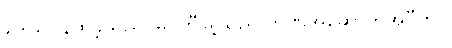
ဒေါသူပုန်ထခဲ့သည် မြဝတီမြို့သည် ဘဏ်အဆောက်အဦတွင်